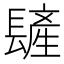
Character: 𨲨